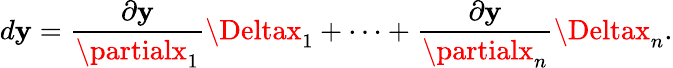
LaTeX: d\mathbf{y}={\frac{{\partial\mathbf{y}}}{{\partialx_{1}}}}\Deltax_{1}+\cdots+{\frac{{\partial\mathbf{y}}}{{\partialx_{n}}}}\Deltax_{n}.